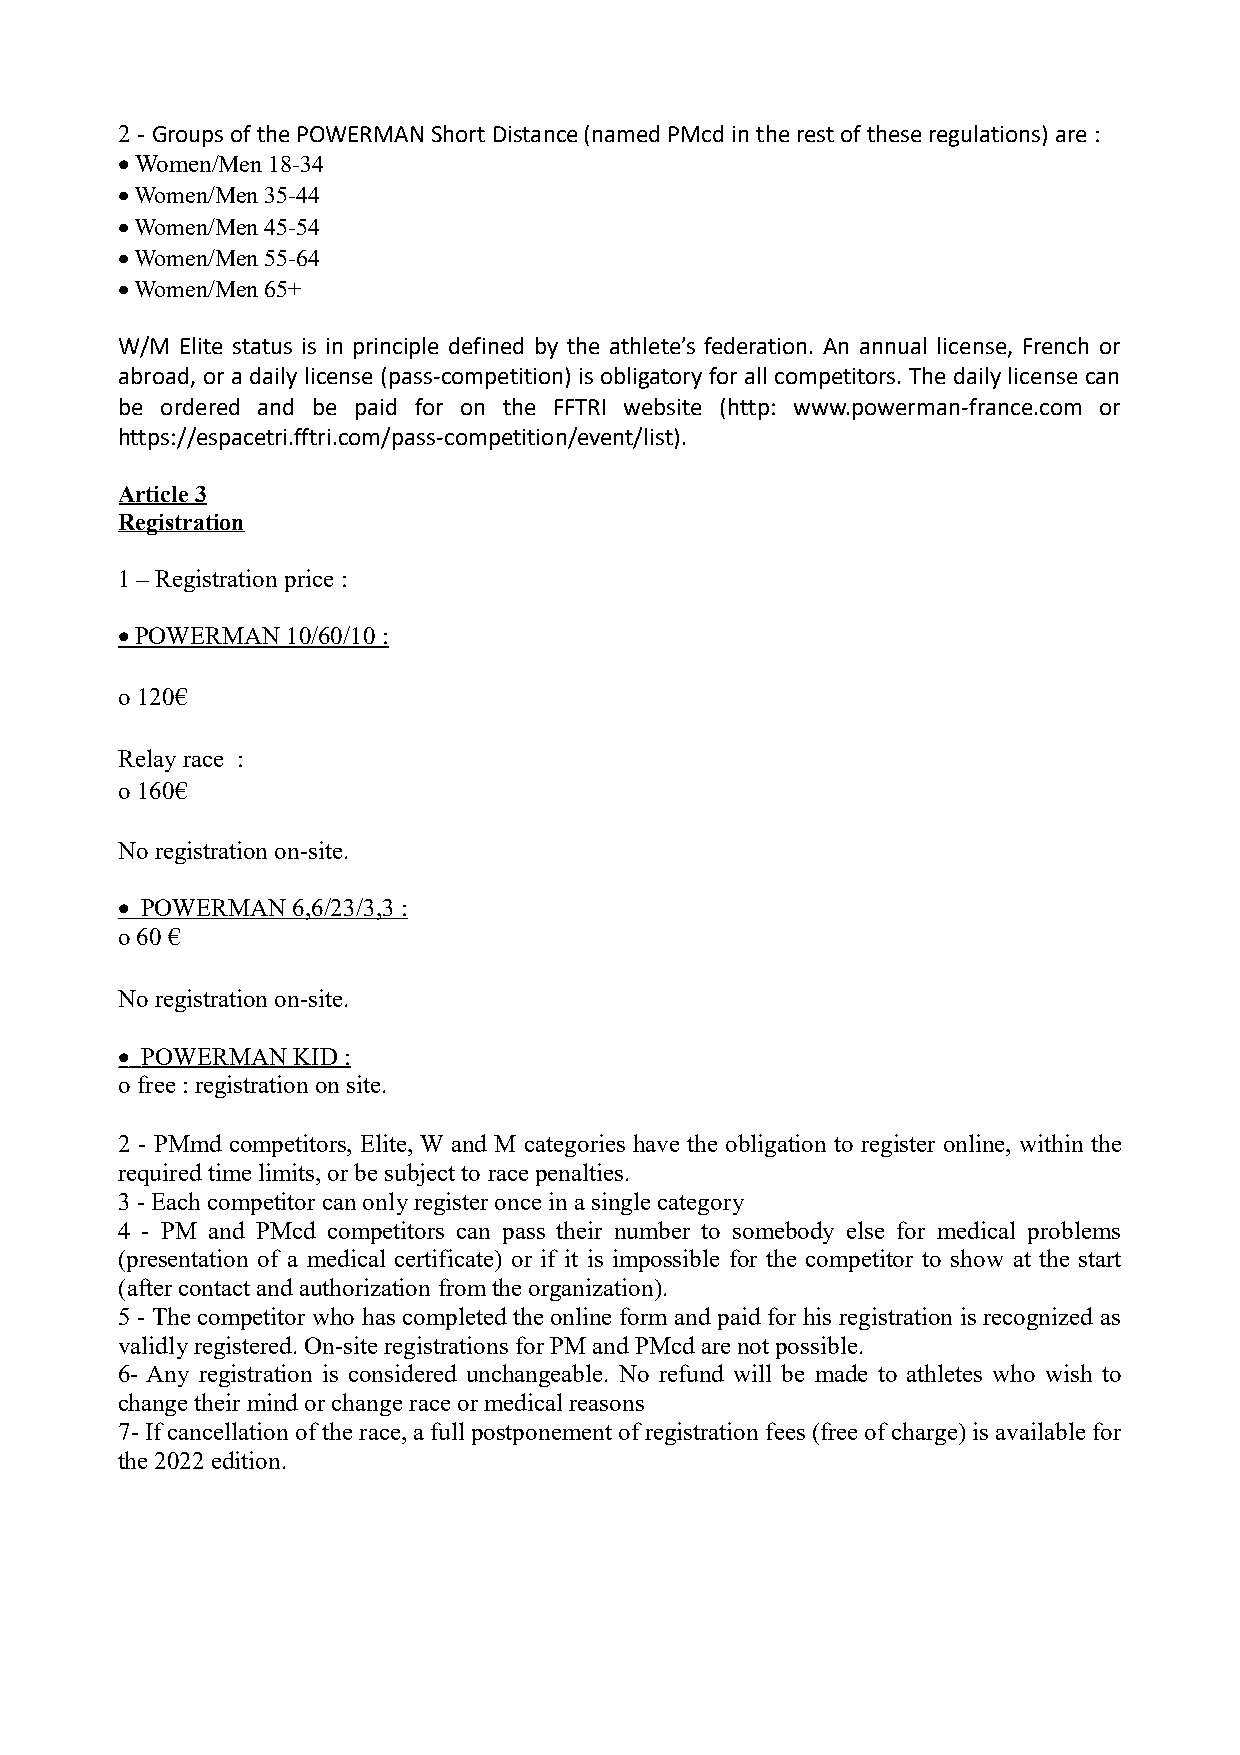
2 - Groups of the POWERMAN Short Distance (named PMcd in the rest of these regulations) are :
  Women/Men 18-34
  Women/Men 35-44
  Women/Men 45-54
  Women/Men 55-64
  Women/Men 65+
 W/M Elite status is in principle defined by the athlete’s federation. An annual license, French or
 abroad, or a daily license (pass-competition) is obligatory for all competitors. The daily license can
 be ordered and be paid for on the FFTRI website (http: www.powerman-france.com or
 https://espacetri.fftri.com/pass-competition/event/list).
 Article 3
 Registration
 1 – Registration price :
  POWERMAN 10/60/10 :
 o 120€
 Relay race :
 o 160€
 No registration on-site.
  POWERMAN 6,6/23/3,3 :
 o 60 €
 No registration on-site.
  POWERMAN KID :
 o free : registration on site.
 2 - PMmd competitors, Elite, W and M categories have the obligation to register online, within the
 required time limits, or be subject to race penalties.
 3 - Each competitor can only register once in a single category
 4 - PM and PMcd competitors can pass their number to somebody else for medical problems
 (presentation of a medical certificate) or if it is impossible for the competitor to show at the start
 (after contact and authorization from the organization).
 5 - The competitor who has completed the online form and paid for his registration is recognized as
 validly registered. On-site registrations for PM and PMcd are not possible.
 6- Any registration is considered unchangeable. No refund will be made to athletes who wish to
 change their mind or change race or medical reasons
 7- If cancellation of the race, a full postponement of registration fees (free of charge) is available for
 the 2022 edition.